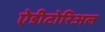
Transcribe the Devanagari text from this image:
ऐडीटोरिअल